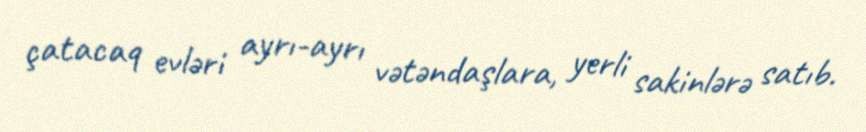
çatacaq evləri ayrı-ayrı vətəndaşlara, yerli sakinlərə satıb.